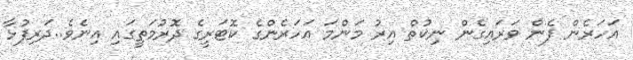
އަހަރެން ފެން ވަރައިގެން ނިކުތް އިރު މަންމަ އަހަރެންގެ ކޮޓަރީގެ ދޮރުމަތީގައި އިނެވެ..ދަރިފުޅާ